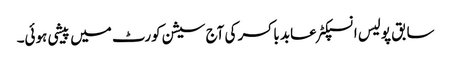
سابق پولیس انسپکٹر عابد باکسر کی آج سیشن کورٹ میں پیشی ہوئی۔